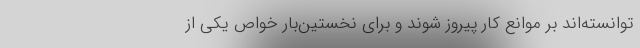
توانسته‌اند بر موانع کار پیروز شوند و برای نخستین‌بار خواصّ یکی از